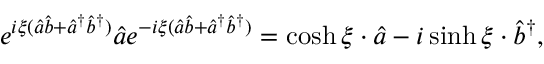
e ^ { i \xi ( \hat { a } \hat { b } + \hat { a } ^ { \dagger } \hat { b } ^ { \dagger } ) } \hat { a } e ^ { - i \xi ( \hat { a } \hat { b } + \hat { a } ^ { \dagger } \hat { b } ^ { \dagger } ) } = \cosh \xi \cdot \hat { a } - i \sinh \xi \cdot \hat { b } ^ { \dagger } ,